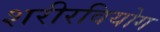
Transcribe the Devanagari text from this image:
शरीरवियोग